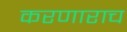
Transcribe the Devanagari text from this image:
करणाराच